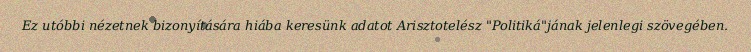
Ez utóbbi nézetnek bizonyítására hiába keresünk adatot Arisztotelész "Politiká"jának jelenlegi szövegében.